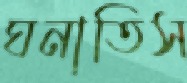
ঘনাতিস